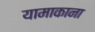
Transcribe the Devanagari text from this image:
यामाकाना